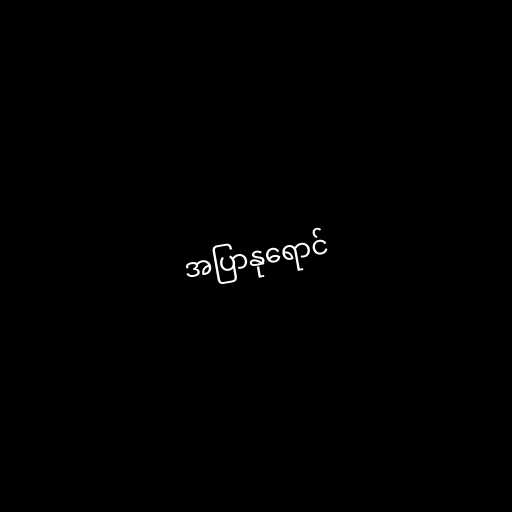
အပြာနုရောင်